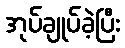
အုပ်ချုပ်ခဲ့ပြီး